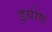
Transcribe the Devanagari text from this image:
इयोए